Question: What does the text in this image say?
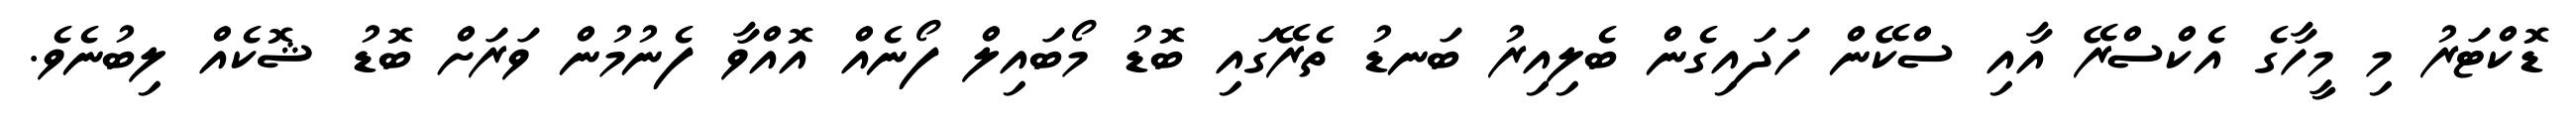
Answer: ޑޮކްޓަރު މި މީހާގެ އެކްސްރޭ އާއި ސްކޭން ހަދައިގެން ބެލިއިރު ބަނޑު ތެރޭގައި ބޮޑު މޯބައިލް ފޯނެއް އޮއްވާ ފެނުމުން ވަރަށް ބޮޑު ޝޮކެއް ލިބުނެވެ.